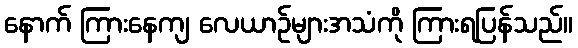
နောက် ကြားနေကျ လေယာဉ်များအသံကို ကြားရပြန်သည်။